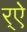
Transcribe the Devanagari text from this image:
र्‌ऐ